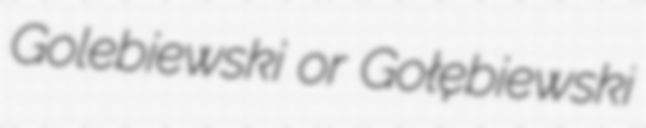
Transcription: Golebiewski or Gołębiewski